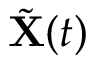
\tilde { \mathbf { X } } ( t )